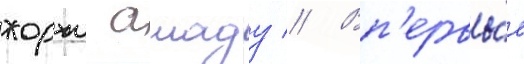
жоржи амаду // Вп'ервы́е